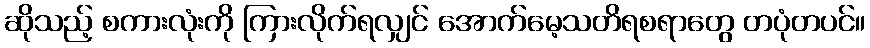
ဆိုသည့် စကားလုံးကို ကြားလိုက်ရလျှင် အောက်မေ့သတိရစရာတွေ တပုံတပင်။